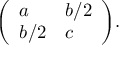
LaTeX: { \left( \begin{array} { l l } { a } & { b / 2 } \\ { b / 2 } & { c } \end{array} \right) } .